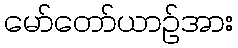
မော်တော်ယာဉ်အား